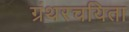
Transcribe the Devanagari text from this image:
ग्रंथरचयिता